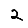
Digit: 2